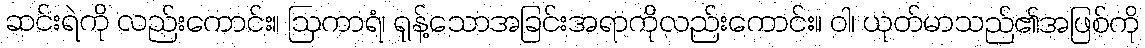
ဆင်းရဲကို လည်းကောင်း။ ဩကာရံ၊ ရုန့်သောအခြင်းအရာကိုလည်းကောင်း။ ဝါ၊ ယုတ်မာသည်၏အဖြစ်ကို